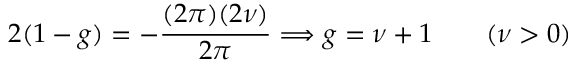
2 ( 1 - g ) = - \frac { ( 2 \pi ) ( 2 \nu ) } { 2 \pi } \Longrightarrow g = \nu + 1 \qquad ( \nu > 0 )